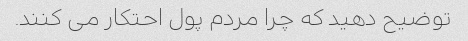
توضیح دهید که چرا مردم پول احتکار می کنند.